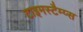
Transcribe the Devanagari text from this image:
टाइमस्टैम्प्स